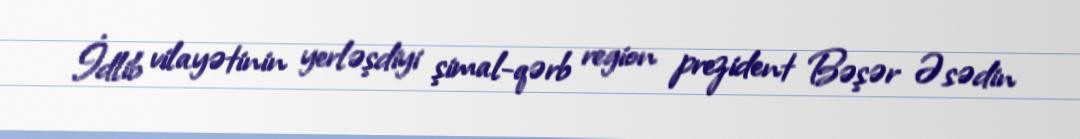
İdlib vilayətinin yerləşdiyi şimal-qərb region prezident Bəşər Əsədin